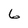
Character: 6